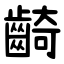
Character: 齮